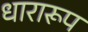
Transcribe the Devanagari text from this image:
धारारूप